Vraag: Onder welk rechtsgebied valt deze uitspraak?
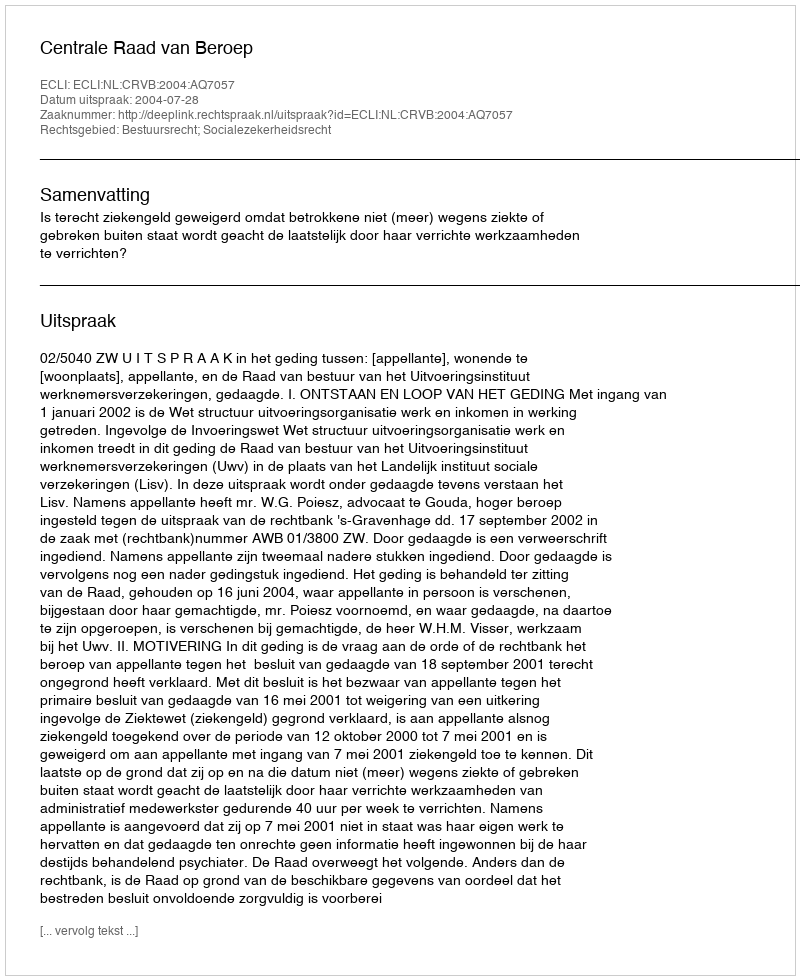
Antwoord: Bestuursrecht; Socialezekerheidsrecht